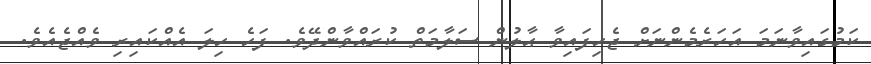
ކަމުގައިވާނަމަ އަހަރެމެންނަށް ޖެހިފައިވާ ޙާލުން ސަލާމަތް ކުރައްވާންދޭވެ. ފަހެ ހިލަ އެއްކައިރި ވެއްޖެއެވެ.